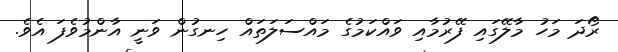
ރޯދަ މަހު މާލޭގައި ފޭރުމާއި ވައްކަމުގެ މައްސަލަތައް ހިނގުން ވަނީ އާންމުވެފަ އެވެ.